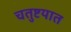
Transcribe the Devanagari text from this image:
चतुष्टयात